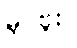
မှင်ဗူး။